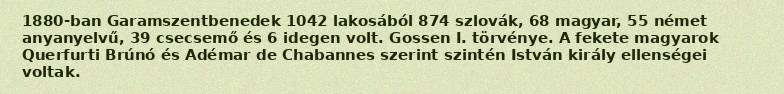
1880-ban Garamszentbenedek 1042 lakosából 874 szlovák, 68 magyar, 55 német anyanyelvű, 39 csecsemő és 6 idegen volt. Gossen I. törvénye. A fekete magyarok Querfurti Brúnó és Adémar de Chabannes szerint szintén István király ellenségei voltak.